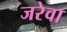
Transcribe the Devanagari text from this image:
जरेवा